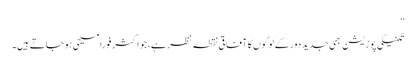
‘‘
تکنیکی پوزیشن بھی جدید دور کے لوگوں کا آفاقی نقطۂ نظر ہے، جو اکثر فوراً مسیحی ہو جاتے ہیں۔